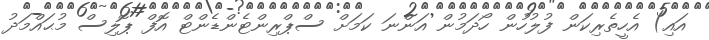
އައި) އެހީތެރިކަން ފުލުހުން ހޯދަމުން އަންނަ ކަމަށް ސްޕްރިންޓެންޑެންޓް އޮފް ޕޮލިސް މުޙައްމަދު